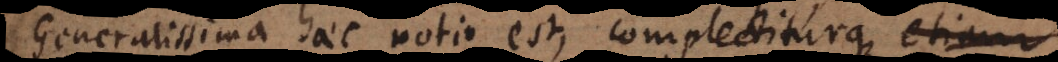
Generalissima haec notio est, complectiturque etiam